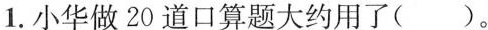
1.小华做20道口算题大约用了( )。